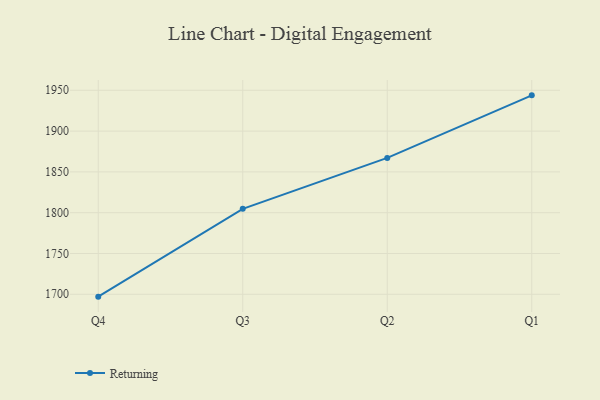
{"axis": {"x": "Quarter", "y": "LTV (USD)"}, "legend": ["Returning"], "data": [{"x": "Q4", "y": 1697.1, "type": "Returning"}, {"x": "Q3", "y": 1804.7, "type": "Returning"}, {"x": "Q2", "y": 1867.1, "type": "Returning"}, {"x": "Q1", "y": 1943.8, "type": "Returning"}]}